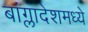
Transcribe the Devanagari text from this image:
बांग्लादेशमध्ये